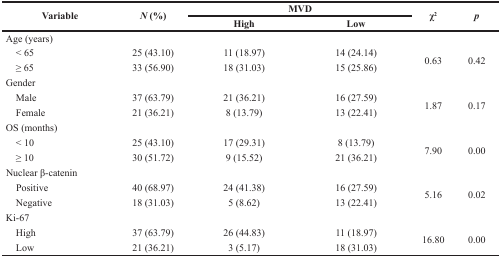
<table><thead><tr><td rowspan="2"><b>Variable</b></td><td rowspan="2"><b><i>N</i> (%)</b></td><td colspan="2"><b>MVD</b></td><td rowspan="2"><b>χ<sup>2</sup></b></td><td rowspan="2"><b><i>p</i></b></td></tr><tr><td><b>High</b></td><td><b>Low</b></td></tr></thead><tbody><tr><td>Age (years)</td><td></td><td></td><td></td><td></td><td></td></tr><tr><td> &lt; 65</td><td>25 (43.10)</td><td>11 (18.97)</td><td>14 (24.14)</td><td rowspan="2">0.63</td><td rowspan="2">0.42</td></tr><tr><td> ≥ 65</td><td>33 (56.90)</td><td>18 (31.03)</td><td>15 (25.86)</td></tr><tr><td>Gender</td><td></td><td></td><td></td><td></td><td></td></tr><tr><td> Male</td><td>37 (63.79)</td><td>21 (36.21)</td><td>16 (27.59)</td><td rowspan="2">1.87</td><td rowspan="2">0.17</td></tr><tr><td> Female</td><td>21 (36.21)</td><td>8 (13.79)</td><td>13 (22.41)</td></tr><tr><td>OS (months)</td><td></td><td></td><td></td><td></td><td></td></tr><tr><td> &lt; 10</td><td>25 (43.10)</td><td>17 (29.31)</td><td>8 (13.79)</td><td rowspan="2">7.90</td><td rowspan="2">0.00</td></tr><tr><td> ≥ 10</td><td>30 (51.72)</td><td>9 (15.52)</td><td>21 (36.21)</td></tr><tr><td>Nuclear β-catenin</td><td></td><td></td><td></td><td></td><td></td></tr><tr><td> Positive</td><td>40 (68.97)</td><td>24 (41.38)</td><td>16 (27.59)</td><td rowspan="2">5.16</td><td rowspan="2">0.02</td></tr><tr><td> Negative</td><td>18 (31.03)</td><td>5 (8.62)</td><td>13 (22.41)</td></tr><tr><td>Ki-67</td><td></td><td></td><td></td><td></td><td></td></tr><tr><td> High</td><td>37 (63.79)</td><td>26 (44.83)</td><td>11 (18.97)</td><td rowspan="2">16.80</td><td rowspan="2">0.00</td></tr><tr><td> Low</td><td>21 (36.21)</td><td>3 (5.17)</td><td>18 (31.03)</td></tr></tbody></table>